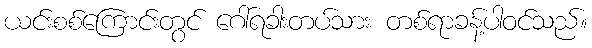
ယင်းစစ်ကြောင်းတွင် ဂေါ်ရခါးတပ်သား တစ်ရာခန့်ပါဝင်သည်။